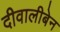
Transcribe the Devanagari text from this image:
दीवालीबेन